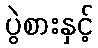
ပွဲစားနှင့်